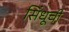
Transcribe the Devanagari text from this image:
सिंधूची